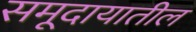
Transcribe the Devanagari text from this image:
समूदायातील